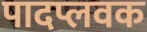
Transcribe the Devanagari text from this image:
पादप्लवक